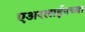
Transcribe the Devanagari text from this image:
एअरलाईनच्या